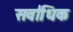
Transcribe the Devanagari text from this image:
सवा॑धिक